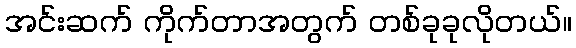
အင်းဆက် ကိုက်တာအတွက် တစ်ခုခုလိုတယ်။